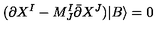
( \partial X ^ { I } - M _ { J } ^ { I } \bar { \partial } X ^ { J } ) | B \rangle = 0